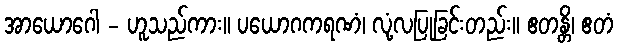
အာယောဂေါ - ဟူသည်ကား။ ပယောဂကရဏံ၊ လုံ့လပြုခြင်းတည်း။ ဧတန္တိ၊ ဧတံ